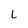
Character: L